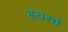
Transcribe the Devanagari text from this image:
अयसो